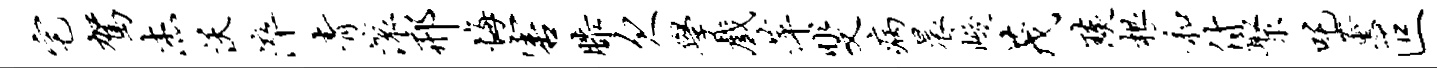
宅驾杰沃淬青滚邢悔害膝欠学戏萍斐病晨峻茂琰根和付聚吒薰叵